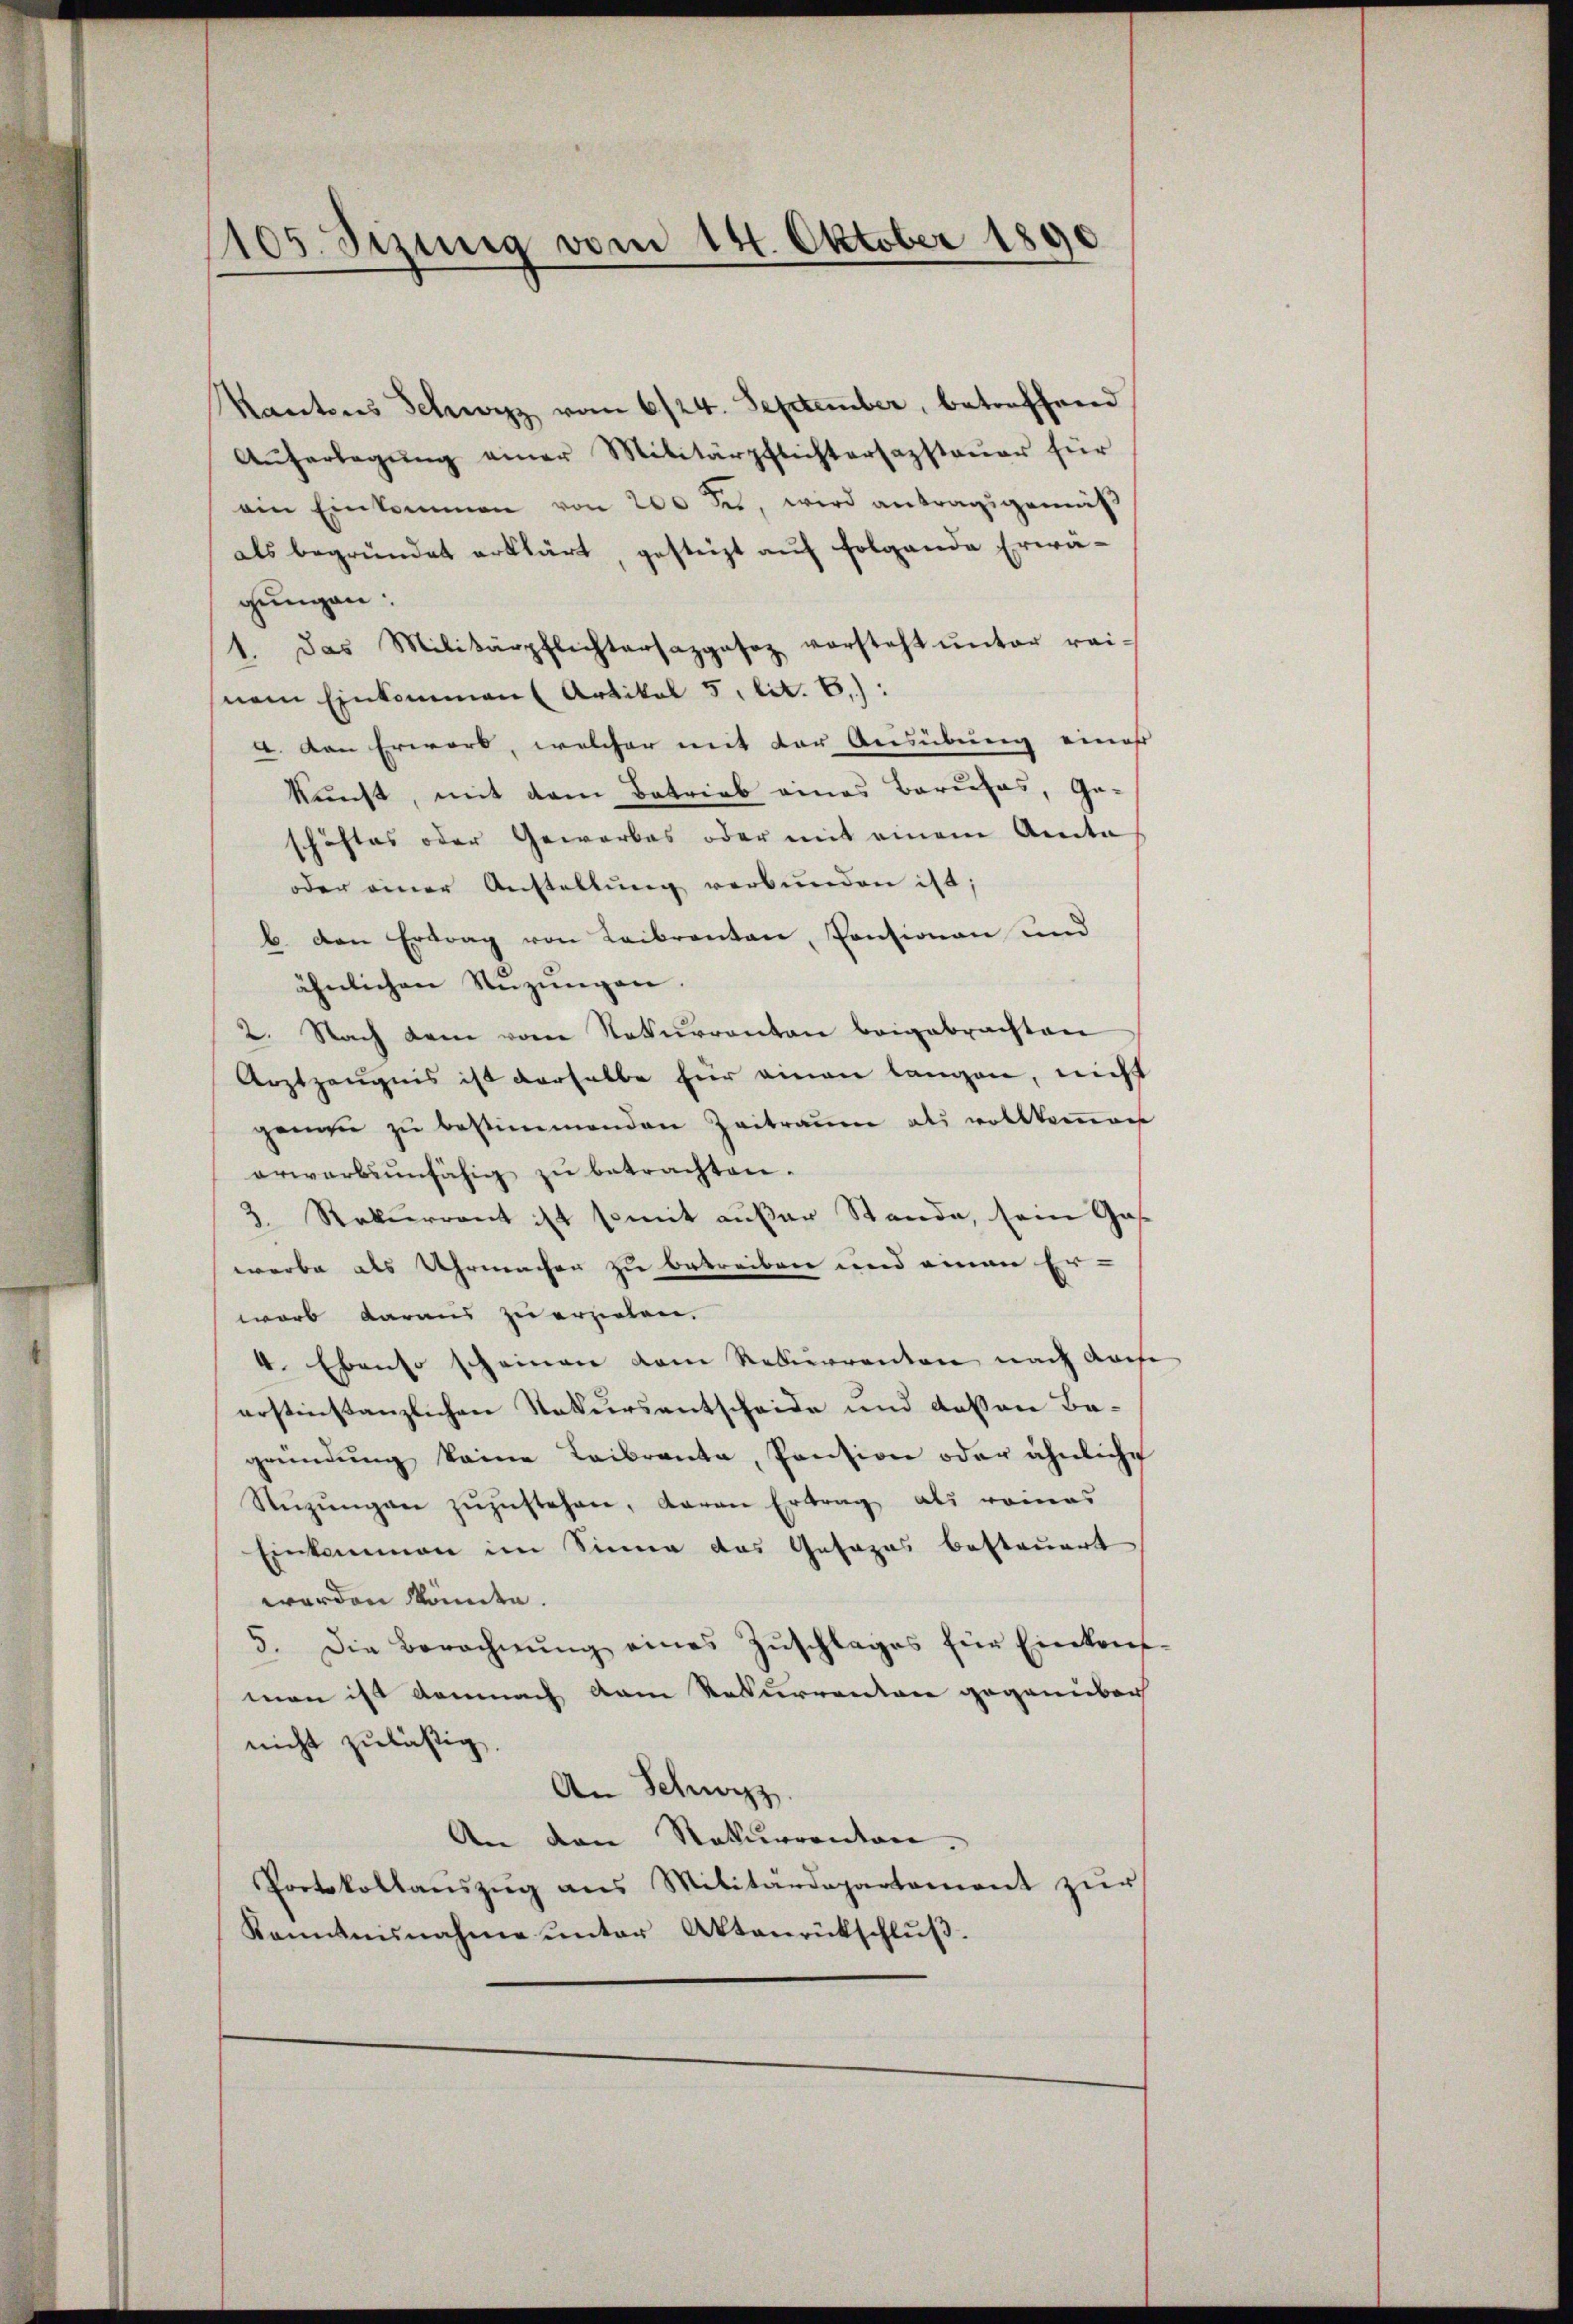
105. Jezung vom 14. Oktober 1890

Kantons Schwyz vom 6/24. September, betreffend
Aŭferlegŭng einer Militärpflichtersazsteuer für
ain Einkommen von 200 des, wird antragsgemäß
als begründet erklärt, gesteigt auf folgende Erwägungen:
das Militärpflichtersazpasaz vorsteht ŭnter rei-
.
nem Einkommen (Artikel 5 lit. 6.):
A. von Erwart, welcher mit der Ausübung eines
kunst, mit dem Betrieb eines Baruches, Ge-
schäftes oder Gewerbes oder mit einem Anita
oder einer Anstellŭng verbunden ist;
b. den Ertrag von Leibrenten, Pensionen und
ähnlichen Nŭzŭngen.
2. Nach dem vom Naturrenten beigebrachten
Arztzeugnis ist derselbe für einen langen, nicht
genau zŭ bestimmenden Zeitraum als vollkommen
erwerbsunfähig zŭ betrachten.
3. Rekurrent ist somit außer Stande, sein Gas-
werbe als Uhrmacher zu betreiben und einen Er-
wort daraus zu erzielen.
4. Ebenso scheinen dem Rekurrenten nach Kaise
erstinstanzlichen Natursentscheide und deßen Begründŭng keine Leibranta, Pantion oder ähnliche
Stüzŭngen zŭzŭstehen, daran Ertrag als romas
Einkommen im Sinne das Gesezes besteuert
worden könnte.
5. Die Berechnŭng eines Zŭschlages für Einkauf-
man ist demnach dem Rekurrenton gegenüber
nicht zuläßig.
An Schwyz.
An den Naturrenten.
Portokollaŭszŭg ans Militärdepartement zŭr
Kenntnisnahme ŭnter Aktenrückschlŭβ.